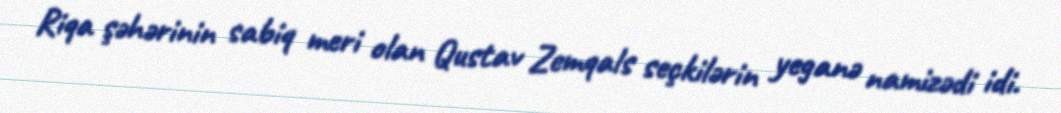
Riqa şəhərinin sabiq meri olan Qustav Zemqals seçkilərin yeganə namizədi idi.